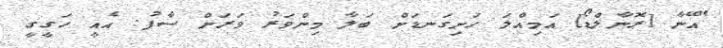
"އޭނާ [ރޮނާލްޑޯ] އަމިއްލަ ހަށިގަނޑަށް ބަލާ މިންވަރު ވަރަށް ސާފު. އެއީ ހަގީގީ